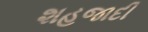
શહજાદી